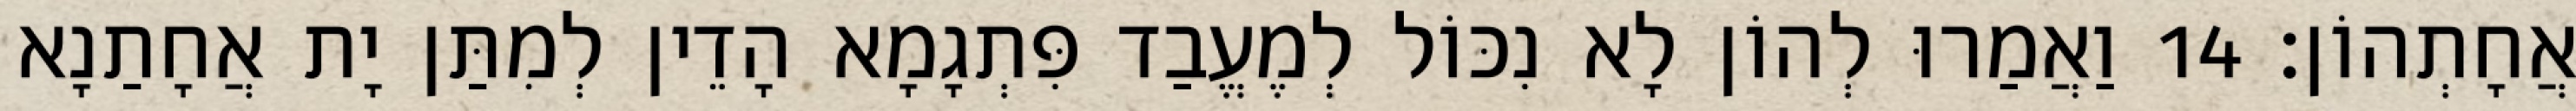
אֲחָתְהוֹן׃ 14 וַאֲמַרוּ לְהוֹן לָא נִכּוֹל לְמֶעֱבַד פִּתְגָמָא הָדֵין לְמִתַּן יָת אֲחָתַנָא